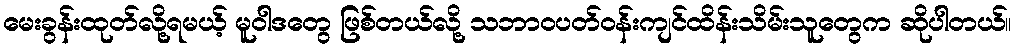
မေးခွန်းထုတ်လို့ရမယ့် မူဝါဒတွေ ဖြစ်တယ်လို့ သဘာဝပတ်ဝန်းကျင်ထိန်းသိမ်းသူတွေက ဆိုပါတယ်။